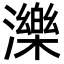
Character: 濼